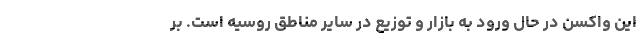
این واکسن در حال ورود به بازار و توزیع در سایر مناطق روسیه است. بر